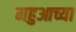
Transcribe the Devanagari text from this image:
महुआच्या